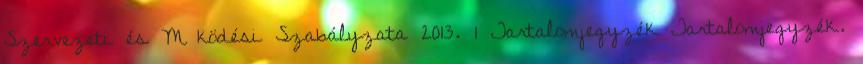
Szervezeti és M ködési Szabályzata 2013. 1 Tartalomjegyzék Tartalomjegyzék.